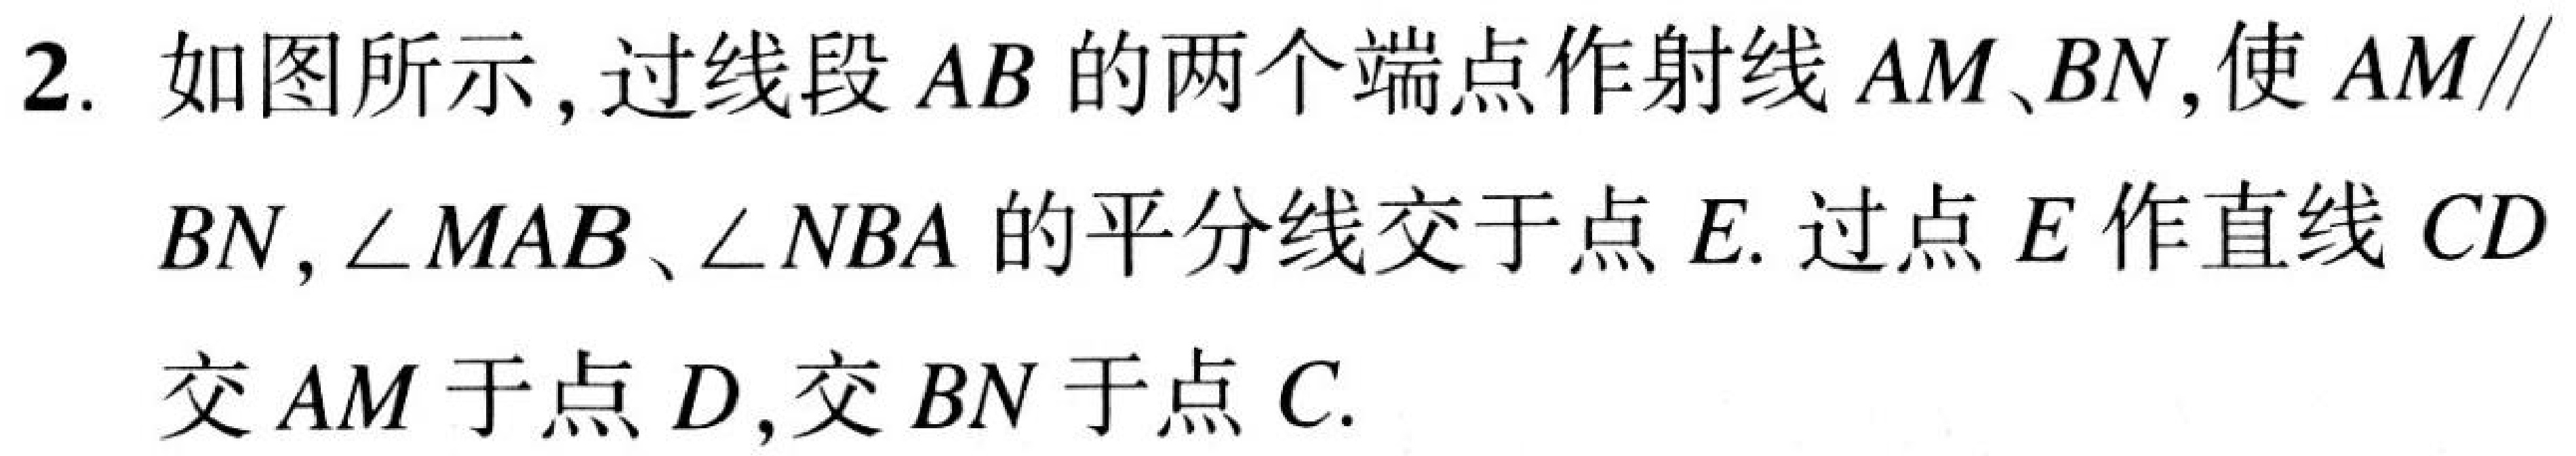
2. 如图所示，过线段\(AB\)的两个端点作射线\(AM、BN\)，使\(AM\parallel\)
\(BN\)，\(\angle MAB\)、\(\angle NBA\)的平分线交于点\(E.\)过点\(E\)作直线\(CD\)
交\(AM\)于点\(D\)，交\(BN\)于点\(C.\)